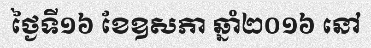
ថ្ងៃទី១៦ ខែឧសភា ឆ្នាំ២០១៦ នៅ